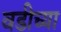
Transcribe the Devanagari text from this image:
वडीच्या